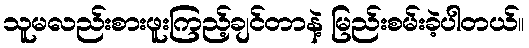
သူမလည်းစားဖူးကြည့်ချင်တာနဲ့ မြည်းစမ်းခဲ့ပါတယ်။